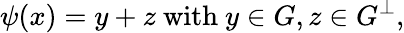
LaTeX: \psi(x)=y+z{\mathrm{~with~}}y\in G,z\in G^{\perp},